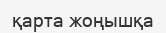
қарта жоңышқа